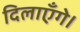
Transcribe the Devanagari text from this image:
दिलाएँगे।